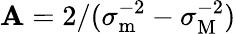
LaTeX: \mathbf{A}=2/(\sigma_{\mathrm{{m}}}^{-2}-\sigma_{\mathrm{{M}}}^{-2})